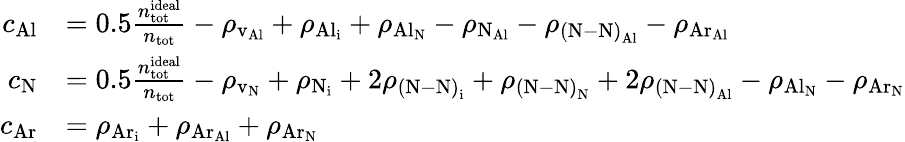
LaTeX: \begin{array}{rl}{c_{\mathrm{Al}}}&{=0.5\frac{n_{\mathrm{tot}}^{\mathrm{ideal}}}{n_{\mathrm{tot}}}-\rho_{\mathrm{v_{Al}}}+\rho_{\mathrm{{Al}_{i}}}+\rho_{\mathrm{{Al}_{N}}}-\rho_{\mathrm{{N}_{Al}}}-\rho_{\mathrm{{(N\mathrm{-}N)}_{Al}}}-\rho_{\mathrm{{Ar}_{Al}}}}\\ {c_{\mathrm{N}}}&{=0.5\frac{n_{\mathrm{tot}}^{\mathrm{ideal}}}{n_{\mathrm{tot}}}-\rho_{\mathrm{v_{N}}}+\rho_{\mathrm{N_{i}}}+2\rho_{\mathrm{{(N\mathrm{-}N)}_{i}}}+\rho_{\mathrm{{(N\mathrm{-}N)}_{N}}}+2\rho_{\mathrm{{(N\mathrm{-}N)}_{Al}}}-\rho_{\mathrm{{Al}_{N}}}-\rho_{\mathrm{{Ar}_{N}}}}\\ {c_{\mathrm{Ar}}}&{=\rho_{\mathrm{{Ar}_{i}}}+\rho_{\mathrm{{Ar}_{Al}}}+\rho_{\mathrm{{Ar}_{N}}}}\end{array}